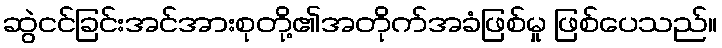
ဆွဲငင်ခြင်းအင်အားစုတို့၏အတိုက်အခံဖြစ်မှု ဖြစ်ပေသည်။